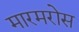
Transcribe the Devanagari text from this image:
मारमरोस